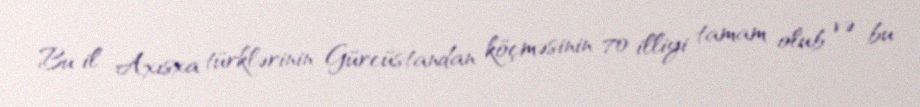
Bu il Axısxa türklərinin Gürcüstandan köçməsinin 70 illiyi tamam olub və bu